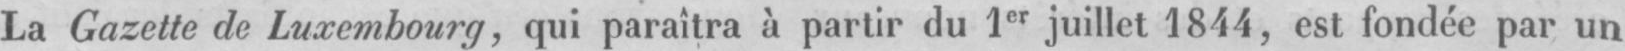
La Gazette de Luxembourg, qui paraîtra à partir du 1er juillet 1844 est fondée par un